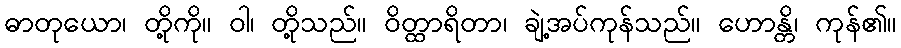
ဓာတုယော၊ တို့ကို။ ဝါ၊ တို့သည်။ ဝိတ္ထာရိတာ၊ ချဲ့အပ်ကုန်သည်။ ဟောန္တိ၊ ကုန်၏။